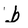
Character: b